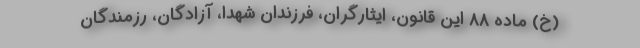
(خ) ماده ۸۸ این قانون، ایثارگران، فرزندان شهدا، آزادگان، رزمندگان